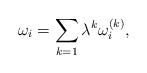
\begin{align*}\omega_i=\sum_{k=1}\lambda^k \omega_i^{(k)},\end{align*}